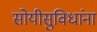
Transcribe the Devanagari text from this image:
सोयीसुविधांना